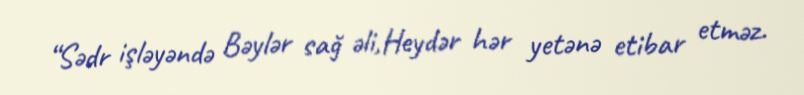
“Sədr işləyəndə Bəylər sağ əli,Heydər hər yetənə etibar etməz.